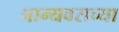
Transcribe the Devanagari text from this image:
मान्यवराच्या